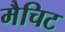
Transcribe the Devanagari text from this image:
मैचिट